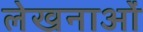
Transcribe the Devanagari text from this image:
लेखनाओं